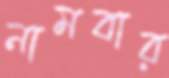
নামবার